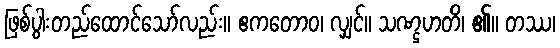
ဖြစ်ပွါးတည်ထောင်သော်လည်း။ ဧကတောဝ၊ လျှင်။ သဏ္ဌဟတိ၊ ၏။ တဿ၊